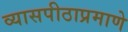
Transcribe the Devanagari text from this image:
व्यासपीठाप्रमाणे